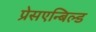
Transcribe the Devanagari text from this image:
प्रेसएन्बिल्ड